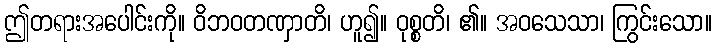
ဤတရားအပေါင်းကို။ ဝိဘဝတဏှာတိ၊ ဟူ၍။ ဝုစ္စတိ၊ ၏။ အဝသေသာ၊ ကြွင်းသော။